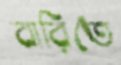
বারিতে